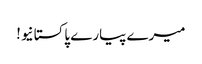
میرے پیارے پاکستانیو!